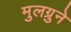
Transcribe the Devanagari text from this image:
मुलग्रुने